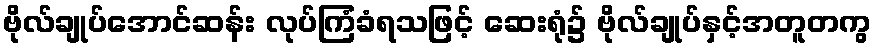
ဗိုလ်ချုပ်အောင်ဆန်း လုပ်ကြံခံရသဖြင့် ဆေးရုံ၌ ဗိုလ်ချုပ်နှင့်အတူတကွ